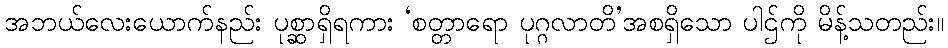
အဘယ်လေးယောက်နည်း ပုစ္ဆာရှိရကား ‘စတ္တာရော ပုဂ္ဂလာတိ’အစရှိသော ပါဌ်ကို မိန့်သတည်း။